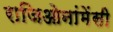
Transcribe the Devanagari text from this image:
राजिओनांमेंसी